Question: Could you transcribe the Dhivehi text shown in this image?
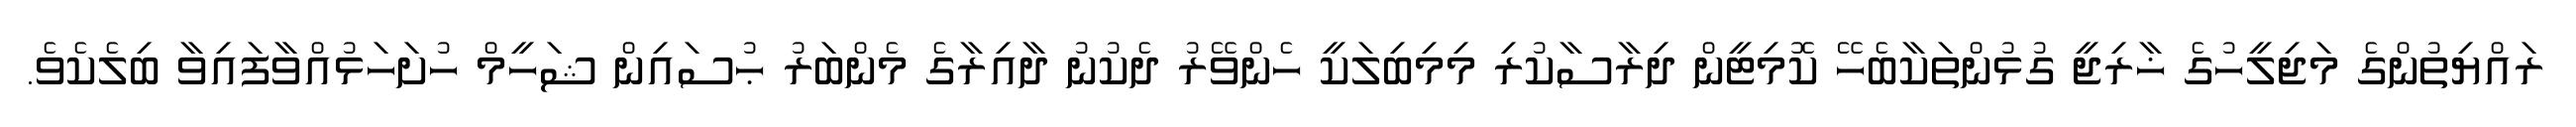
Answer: ރައްޔިތުންގެ މަޖިލީހުގެ ޚާރިޖީ ގުޅުންތަކާބެހޭ ކޮމިޓީން ދިރާސާކުރި މިމިބިލަކީ ހެންވޭރު ދެކުނު ދާއިރާގެ މެންބަރު ޙުސައިން ޝަހީމް ހުށަހަޅުއްވާފައިވާ ބިލެކެވެ.